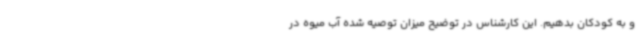
و به کودکان بدهیم. این کارشناس در توضیح میزان توصیه شده آب میوه در